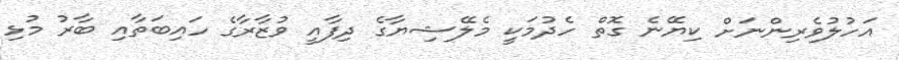
އަހުލުވެރިންނަށް ކިޔޭނެ ގޮތް ހެދުމަކީ މެލޭޝިޔާގެ ދިފާއީ ވުޒާރާގެ ހައިބަތާއި ބާރު މުޅި